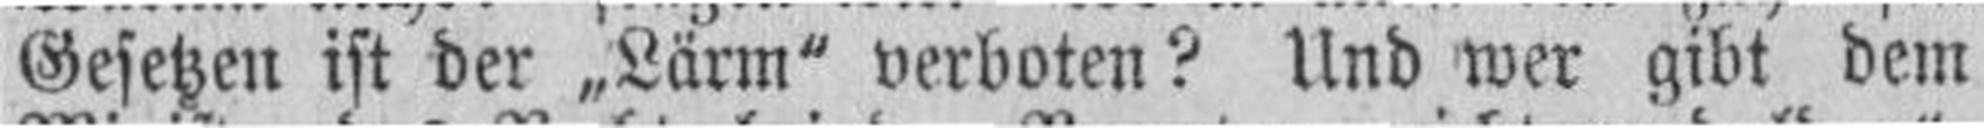
Gesetzen ist der „Lärm" verboten? Und wer gibt dem